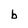
Character: b